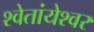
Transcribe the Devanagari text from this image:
श्वेतांयेश्वर